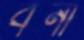
বর্না